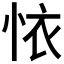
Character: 𢙇